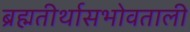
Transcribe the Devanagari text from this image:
ब्रह्मतीर्थासभोवताली